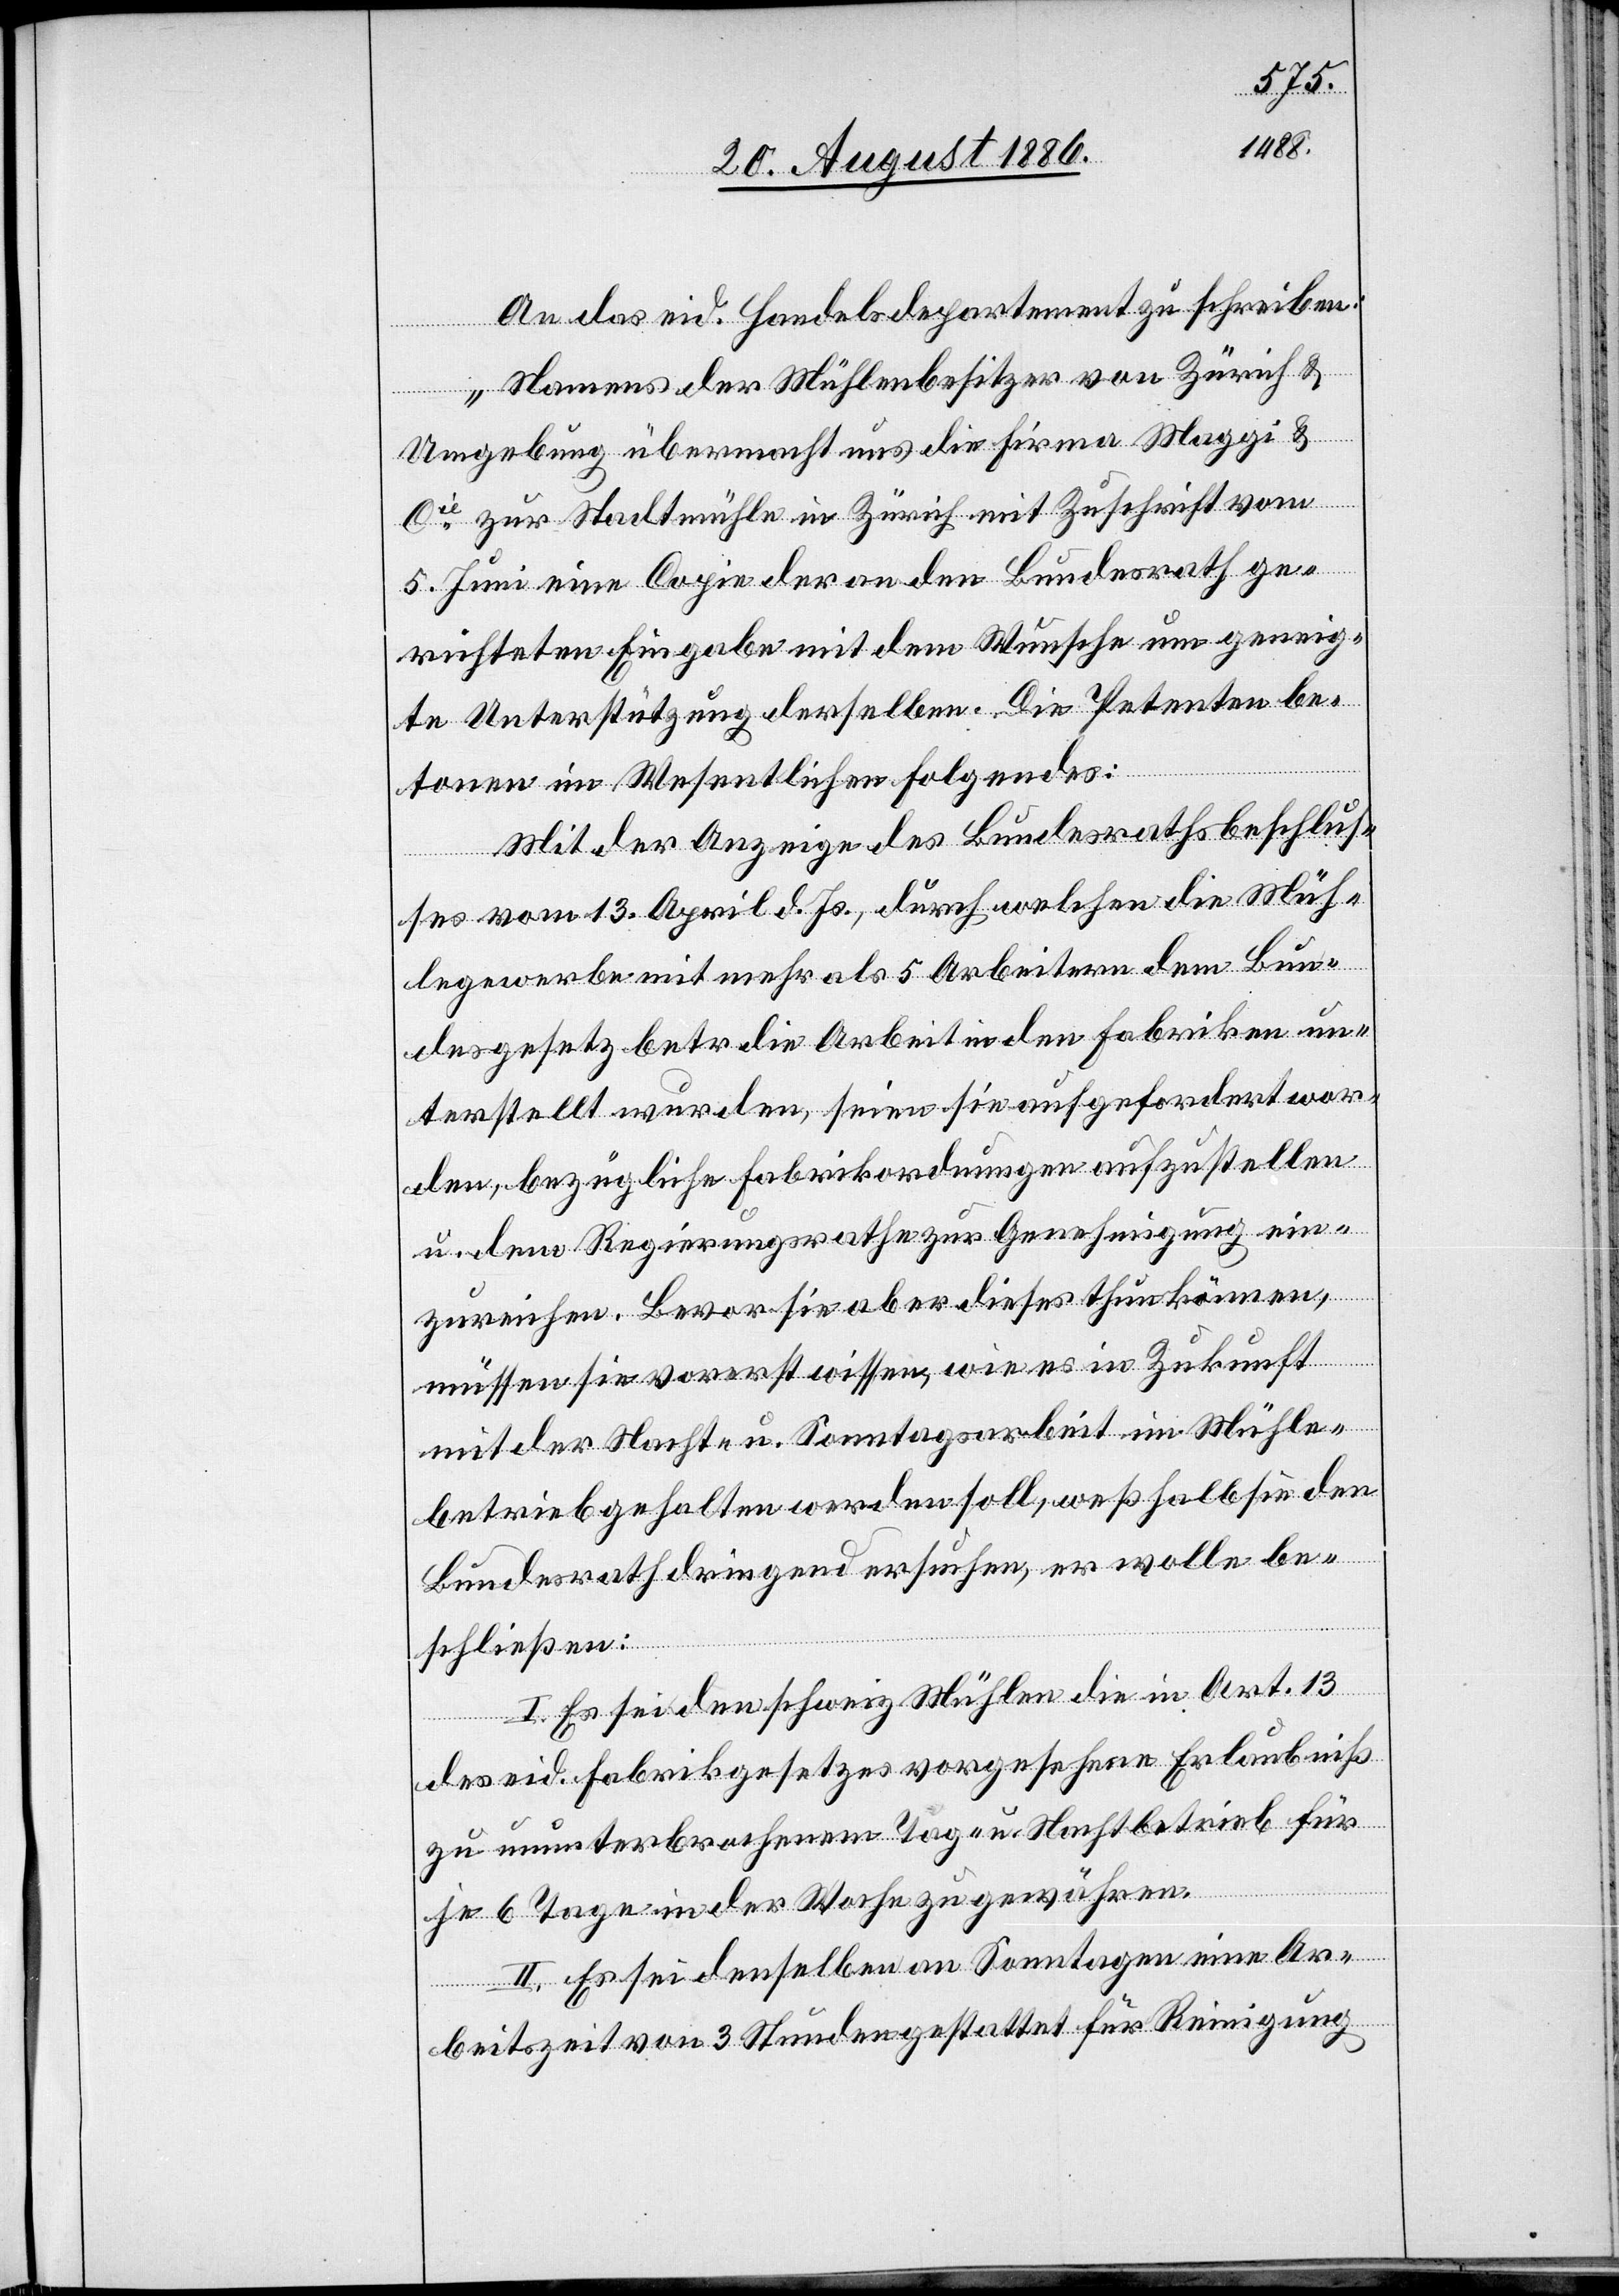
An das eid. Handelsdepartement zu schreiben:
„Namens der Mühlenbesitzer von Zürich &
Umgebung übermacht uns die Firma Maggi &
Cie zur Stadtmühle in Zürich mit Zuschrift vom
5. Juni eine Copie der an den Bundesrath ge¬
richteten Eingabe mit dem Wunsche um geneig¬
te Unterstützung derselben. Die Petenten be¬
tonen im Wesentlichen folgendes:
Mit der Anzeige des Bundesbeschlus¬
ses vom 13. April d. Js., durch welchen die Müh¬
legewerbe mit mehr als 5 Arbeitern dem Bun¬
desgesetz betr. die Arbeit in den Fabriken un¬
terstellt wurden, seien sie aufgefordert wor¬
den, bezügliche Fabrikordnungen aufzustellen
u. dem Regierungsrathe zur Genehmigung ein¬
zureichen. Bevor sie aber dieses thun können,
müssen sie vorerst wissen, wie es in Zukunft
mit der Nacht- u. Sonntagsarbeit im Mühle¬
betrieb gehalten werden soll, weßhalb sie den
Bundesrath dringend ersuchen, er wolle be¬
schließen:
I. Es sei den schweiz. Mühlen die in Art. 3
des eid. Fabrikgesetzes vorgesehene Erlaubniß
zu ununterbrochenem Tag- u. Nachtbetrieb für
je 6 Tage in der Woche zu gewähren.
II. Es sei denselben an Sonntagen eine Ar¬
beitszeit von 3 Stunden gestattet für Reinigung